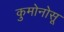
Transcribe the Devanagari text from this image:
कुमोनोसू